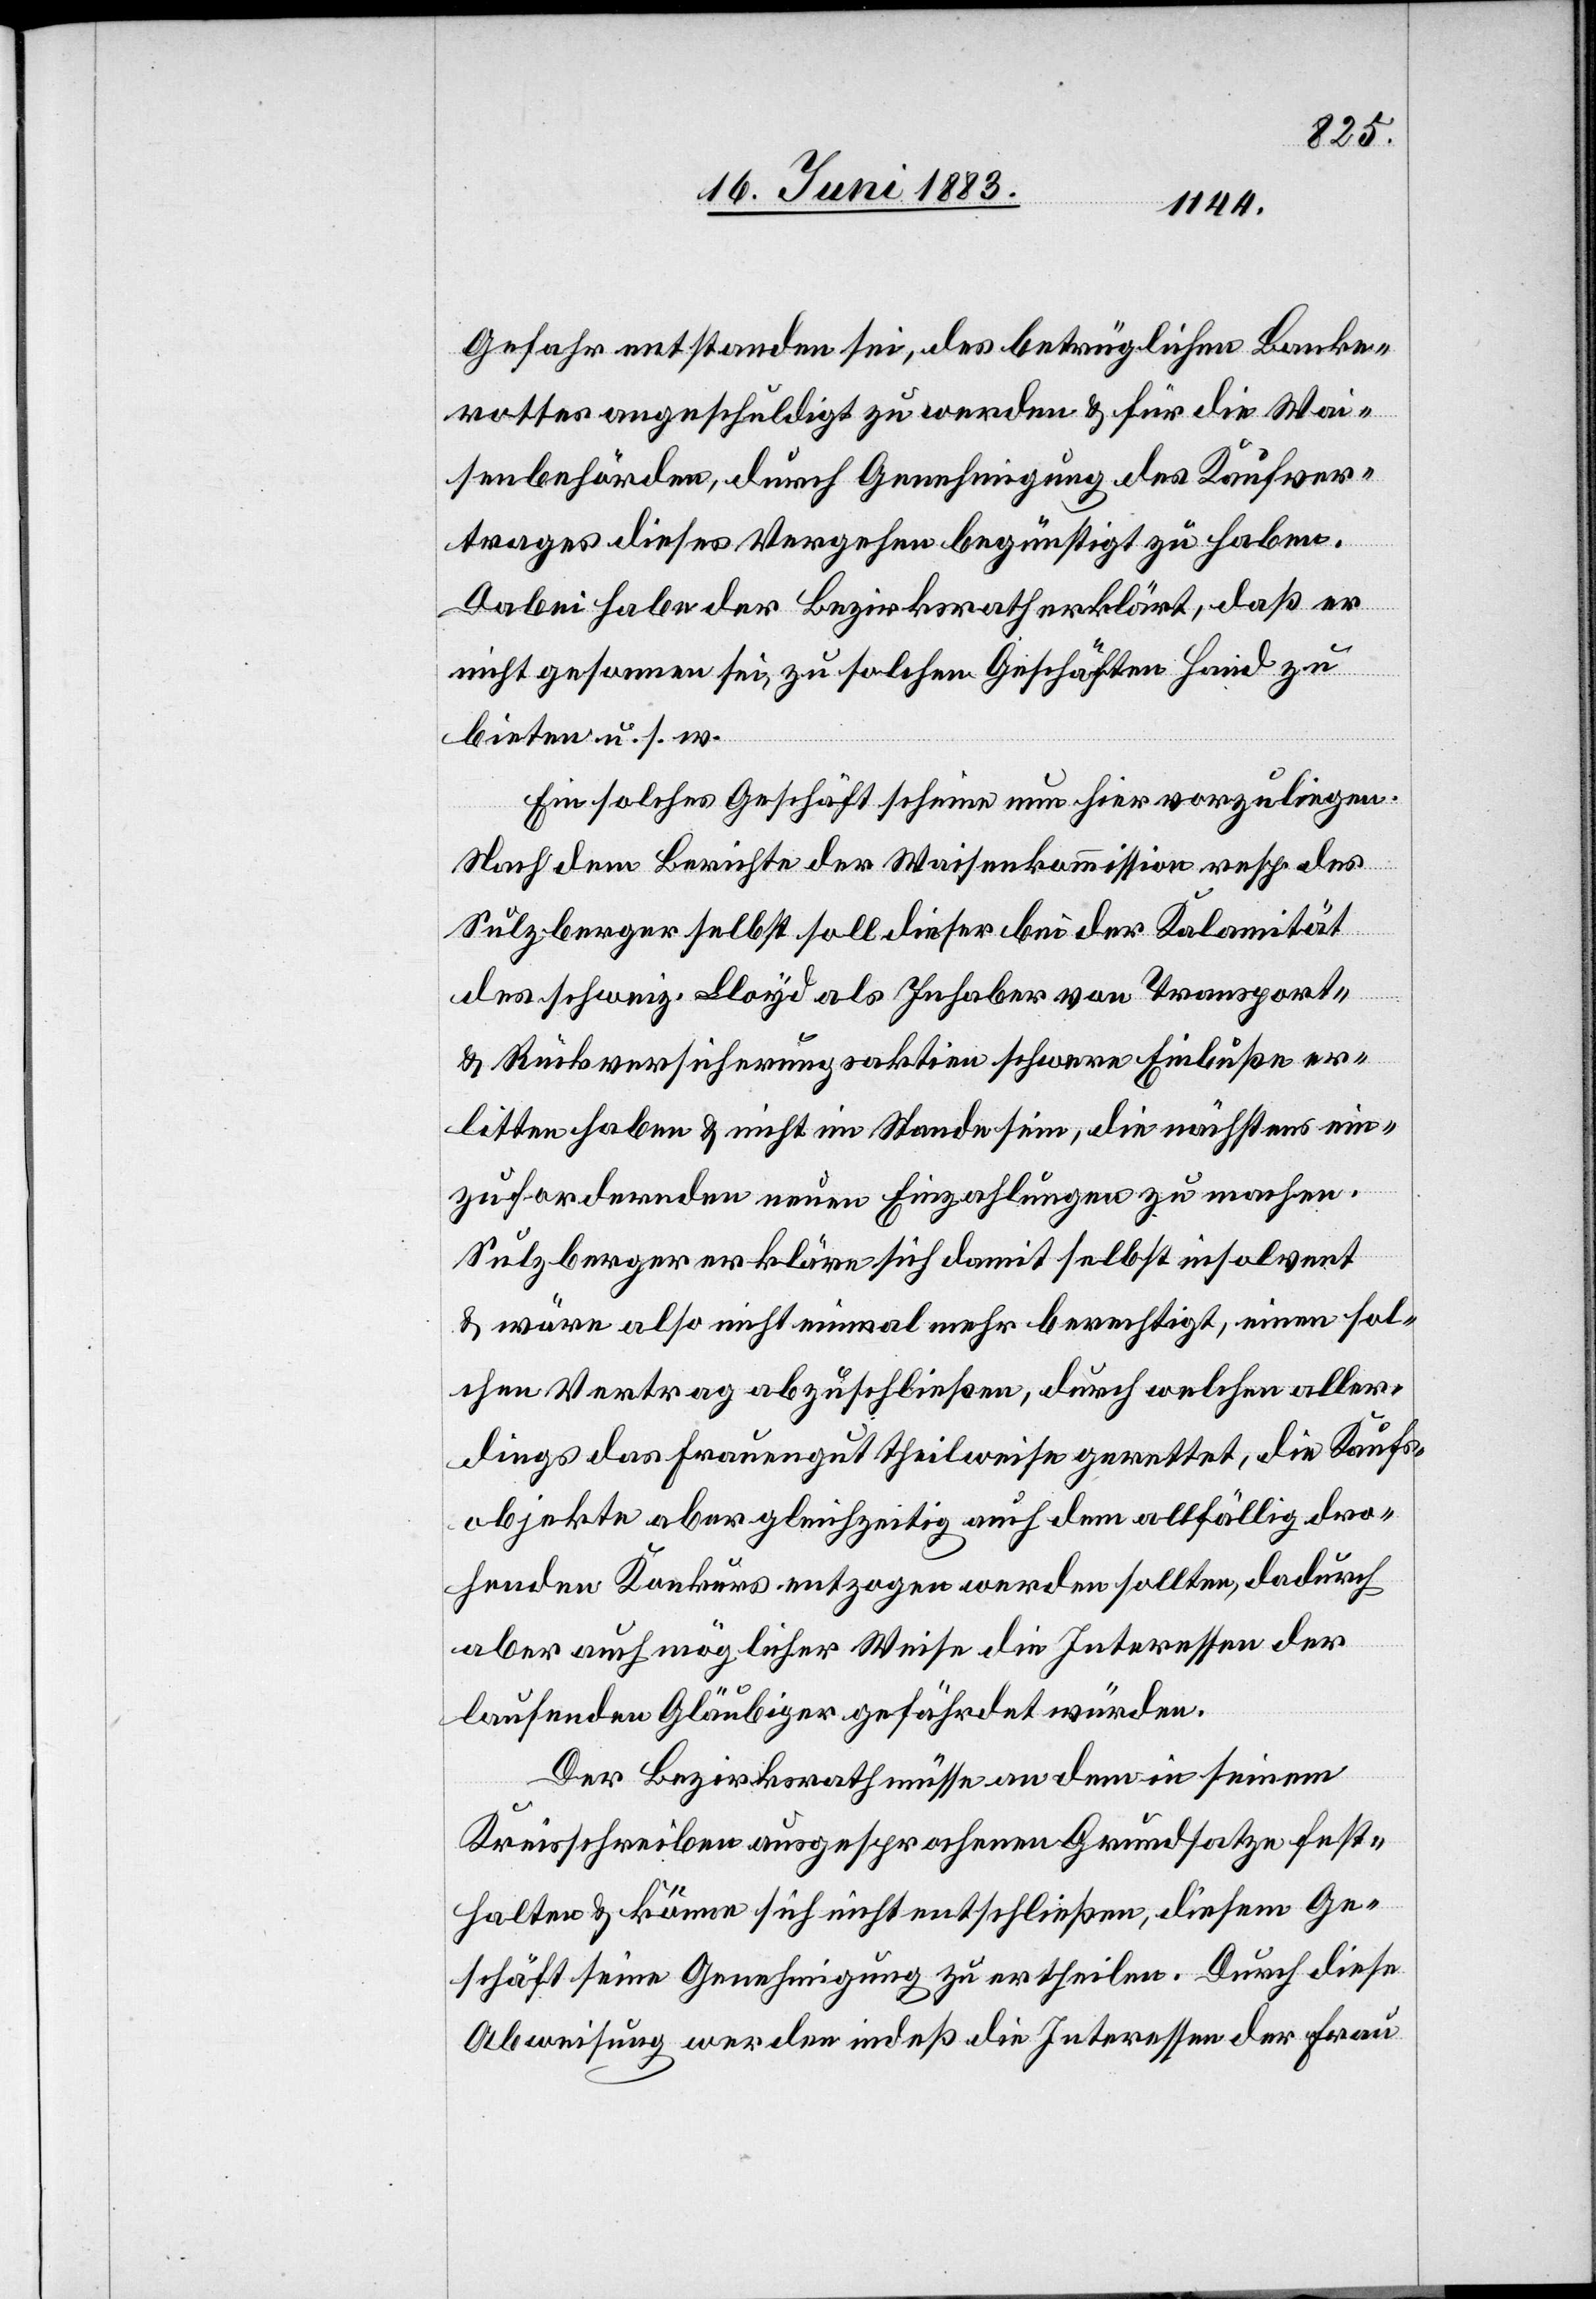
Gefahr entstanden sei, des betrüglichen Banke¬
rottes angeschuldigt zu werden & für die Wai¬
senbehörden, durch Genehmigung des Kaufver¬
trages dieses Vergehen begünstigt zu haben.
Dabei habe der Bezirksrath erklärt, daß er
nicht gesonnen sei, zu solchen Geschäften Hand zu
bieten u. s. w.
Ein solches Geschäft scheine nun hier vorzuliegen.
Nach dem Bericht der Waisenkommission resp. des
Sulzberger selbst soll dieser bei der Kalamität
des schweiz. Lloyd als Inhaber von Transport-
& Rückversicherungsaktien schwere Einbußen er¬
litten haben & nicht im Stande sein, die nächstens ein¬
zufordernden neuen Einzahlungen zu machen.
Sulzberger erkläre sich damit selbst insolvent
& wäre also nicht einmal mehr berechtigt, einen sol¬
chen Vertrag abzuschließen, durch welchen aller¬
dings das Frauengut theilweise gerettet, die Kaufs¬
objekte aber gleichzeitig auch dem allfällig dro¬
henden Konkurs entzogen werden sollten, dadurch
aber auch möglicher Weise die Interessen der
laufenden Gläubiger gefährdet würden.
Der Bezirksrath müsse an dem in seinem
Kreisschreiben ausgesprochenen Grundsatze fest¬
halten & könne sich nicht entschließen, diesem Ge¬
schäft seine Genehmigung zu ertheilen. Durch diese
Abweisung werden indeß die Interessen der Frau